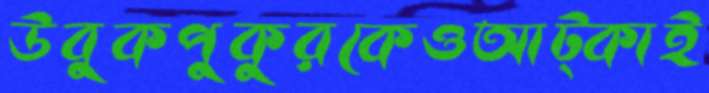
উবুকপুকুরকেওআট্‌কাই